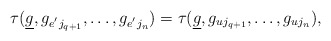
\begin{align*}\tau(\underline{g},g_{e^{'}j_{q+1}},\ldots,g_{e^{'}j_{n}})=\tau(\underline{g},g_{uj_{q+1}},\ldots,g_{uj_{n}}),\end{align*}